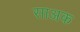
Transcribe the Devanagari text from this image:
साअक